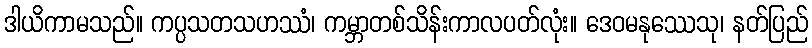
ဒါယိကာမသည်။ ကပ္ပသတသဟဿံ၊ ကမ္ဘာတစ်သိန်းကာလပတ်လုံး။ ဒေဝမနုဿေသု၊ နတ်ပြည်